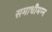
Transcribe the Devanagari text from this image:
समाधीमग्न